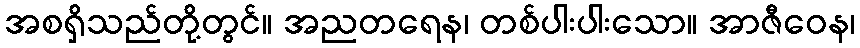
အစရှိသည်တို့တွင်။ အညတရေန၊ တစ်ပါးပါးသော။ အာဇီဝေန၊